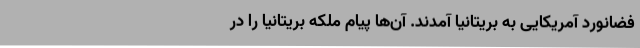
فضانورد آمریکایی به بریتانیا آمدند. آن‌ها پیام ملکه بریتانیا را در